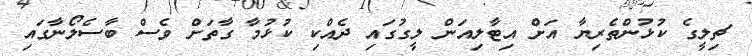
ޗިލީގެ ކުޅުންތެރިޔާ އަށް އިޓާލިއަން ލީގުގައި ދެއްކި ކުޅުމާ ގާތަށް ވެސް ބާސެލޯނާގައި